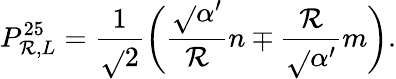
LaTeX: P_{\mathcal{R},L}^{25}=\frac{{1}}{{\sqrt{}{{2}}}}\bigg(\frac{{\sqrt{}{{\alpha^{\prime}}}}}{{\mathcal{R}}}n\mp\frac{{\mathcal{R}}}{{\sqrt{}{{\alpha^{\prime}}}}}m\bigg).